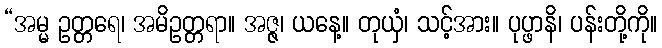
“အမ္မ ဥတ္တရေ၊ အမိဥတ္တရာ။ အဇ္ဇ၊ ယနေ့။ တုယှံ၊ သင့်အား။ ပုပ္ဖာနိ၊ ပန်းတို့ကို။